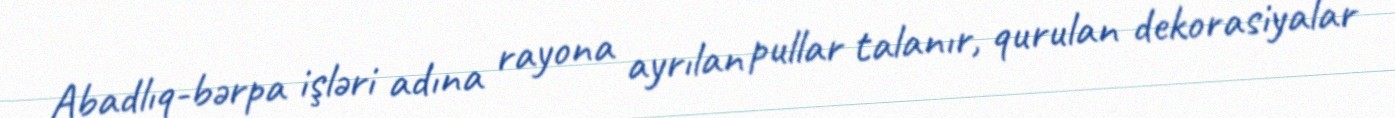
Abadlıq-bərpa işləri adına rayona ayrılan pullar talanır, qurulan dekorasiyalar